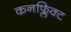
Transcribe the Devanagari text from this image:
कनफ्लिक्ट